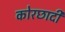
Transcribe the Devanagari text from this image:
कोरछादी